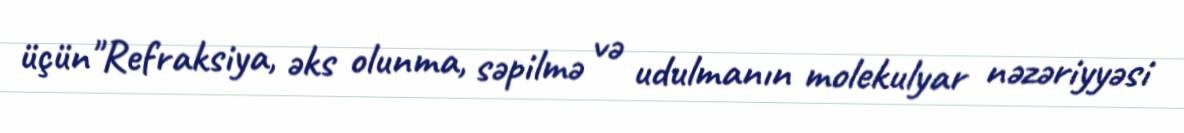
üçün"Refraksiya, əks olunma, səpilmə və udulmanın molekulyar nəzəriyyəsi